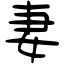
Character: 妻